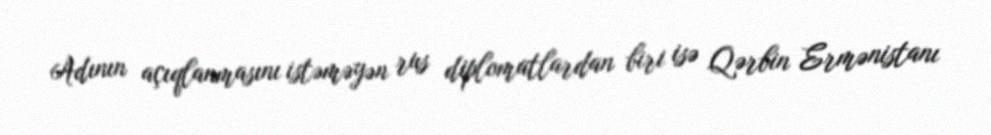
Adının açıqlanmasını istəməyən rus diplomatlardan biri isə Qərbin Ermənistanı